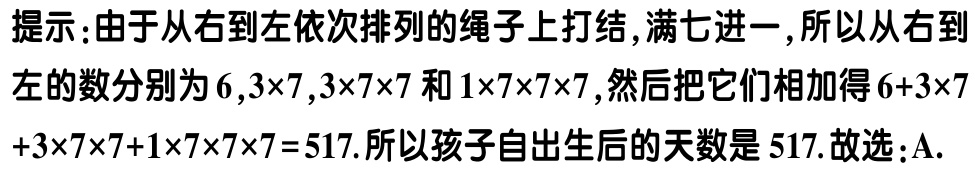
提示：由于从右到左依次排列的绳子上打结,满七进一,所以从右到左的数分别为\(6,3\times7,3\times7\times7\)和\(1\times7\times7\times7\),然后把它们相加得\(6 + 3\times7+3\times7\times7 + 1\times7\times7\times7 = 517\).所以孩子自出生后的天数是\(517\).故选：A.